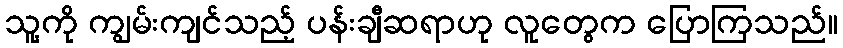
သူ့ကို ကျွမ်းကျင်သည့် ပန်းချီဆရာဟု လူတွေက ပြောကြသည်။